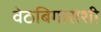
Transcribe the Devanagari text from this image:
वेठबिगाराशी